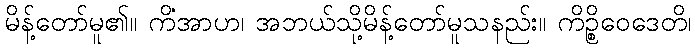
မိန့်တော်မူ၏။ ကိံအာဟ၊ အဘယ်သို့မိန့်တော်မူသနည်း။ ကိဉ္စိဝေဒေတိ၊